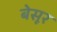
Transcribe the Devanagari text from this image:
बेसूर